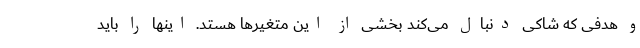
و هدفی که شاکی دنبال می‌کند بخشی از این متغیرها هستد. اینها را باید